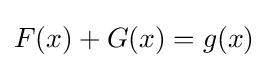
F(x)+G(x)=g(x)